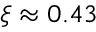
\xi \approx 0 . 4 3